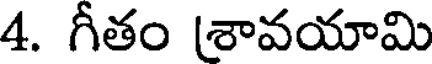
4. గీతం శావయామి